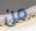
من